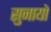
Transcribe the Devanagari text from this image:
सुनायो